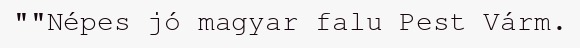
""Népes jó magyar falu Pest Várm.